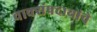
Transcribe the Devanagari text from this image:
वाक्संप्रदायांचे